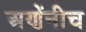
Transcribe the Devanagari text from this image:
अणेंनीच